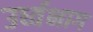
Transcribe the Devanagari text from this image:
उर्ध्वभाग